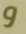
و